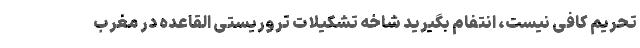
تحریم کافی نیست، انتفام بگیرید شاخه تشکیلات تروریستی القاعده در مغرب